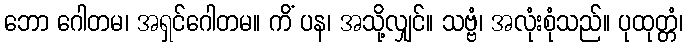
ဘော ဂေါတမ၊ အရှင်ဂေါတမ။ ကိံ ပန၊ အသို့လျှင်။ သဗ္ဗံ၊ အလုံးစုံသည်။ ပုထုတ္တံ၊